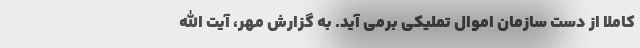
کاملاً از دست سازمان اموال تملیکی برمی آید. به گزارش مهر، آیت الله